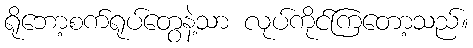
ရိုဘော့စက်ရုပ်တွေနဲ့သာ လုပ်ကိုင်ကြတော့သည်။